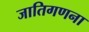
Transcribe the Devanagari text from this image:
जातिगणना